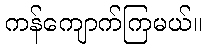
ကန်ကျောက်ကြမယ်။